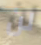
لن